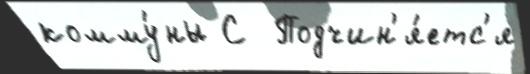
комму́ны С  Подчин'я́етс'я